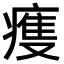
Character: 𤹆